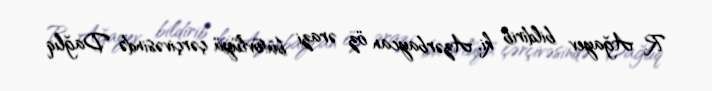
R. Ağayev bildirib ki, Azərbaycan öz ərazi bütövlüyü çərçivəsində Dağlıq